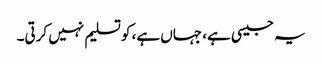
یہ جیسی ہے، جہاں ہے، کو تسلیم نہیں کرتی۔